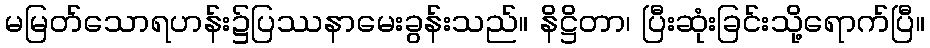
မမြတ်သောရဟန်း၌ပြဿနာမေးခွန်းသည်။ နိဋ္ဌိတာ၊ ပြီးဆုံးခြင်းသို့ရောက်ပြီ။